Document type: Sale
Year: 1305
Scribe: Bernat de Vilarúbia
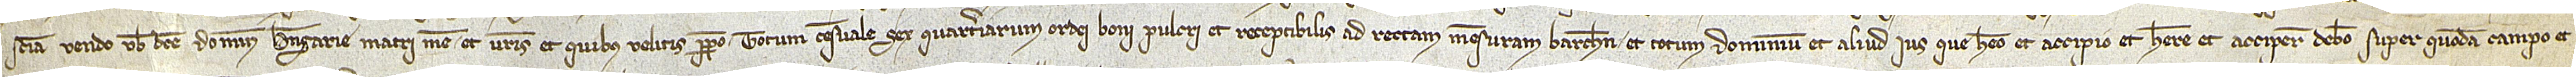
sciencia vendo vobis dicte domine Berengarie, matri mee, et vestris et quibus velitis perpetuo totum censuale sex quarteriarum ordei boni pulcri et receptibilis ad rectam mensuram Barchinone et totum dominium et aliud ius que habeo et accipio et habere et accipere debeo super quodam campo et